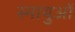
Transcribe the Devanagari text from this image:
स्‍नायुओं